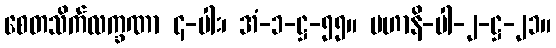
စေတသိက်လက္ခဏာ ၄-ပါး၊ အံ-၁-ဋ္ဌ-၅၅။ မဟာနိ-ပါ-၂-ဋ္ဌ-၂၁။